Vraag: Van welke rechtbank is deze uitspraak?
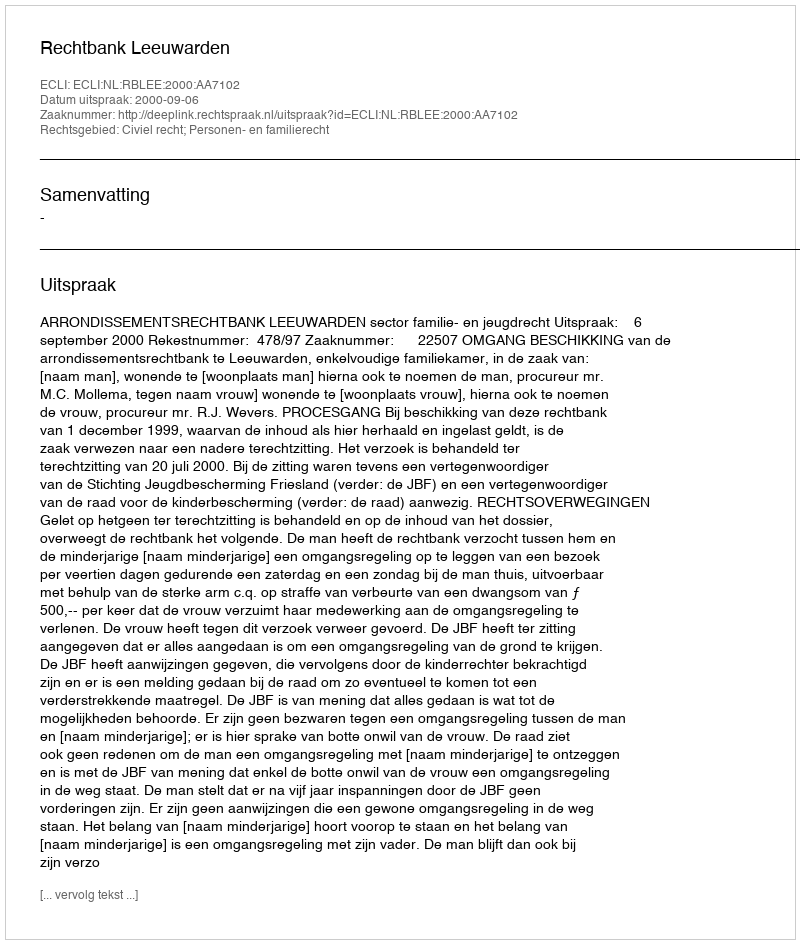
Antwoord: Rechtbank Leeuwarden